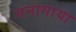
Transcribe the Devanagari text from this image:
मनागाया